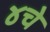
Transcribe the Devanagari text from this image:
४चे